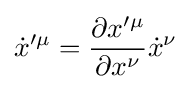
{\dot {x}}'^{\mu }={\frac {\partial x'^{\mu }}{\partial x^{\nu }}}{\dot {x}}^{\nu }